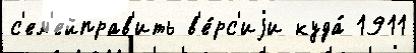
с'ем'ейправ'ить в'е́рс'иjи куда́ 1911